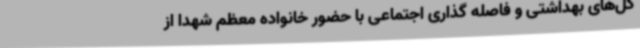
کل‌های بهداشتی و فاصله گذاری اجتماعی با حضور خانواده معظم شهدا از